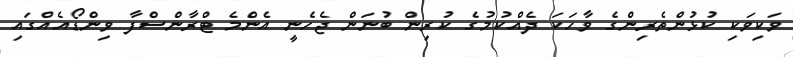
ވަކިވަކި ކުޅުންތެރިންގެ ވާހަކަ ދެއްކުމުގެ ކުރިން ބުނަން ޖެހެނީ އެންމެ ޓްރާންސްފާ ވިންޑޯއެއްގައި